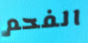
الفحم